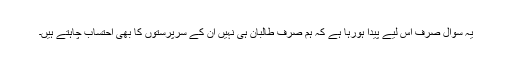
یہ سوال صرف اس لیے پیدا ہورہا ہے کہ ہم صرف طالبان ہی نہیں ان کے سرپرستوں کا بھی احتساب چاہتے ہیں۔